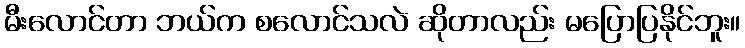
မီးလောင်တာ ဘယ်က စလောင်သလဲ ဆိုတာလည်း မပြောပြနိုင်ဘူး။